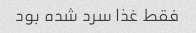
فقط غذا سرد شده بود